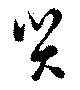
災